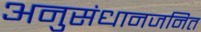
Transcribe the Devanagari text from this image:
अनुसंधानजनित